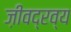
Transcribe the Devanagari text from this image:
ज़ीवद्रव्य